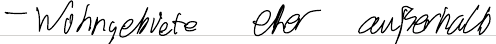
- Wohngebiete eher außerhalb